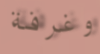
وغرفة